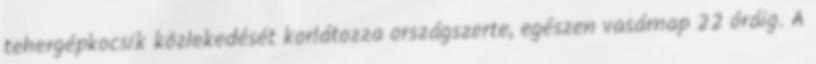
tehergépkocsik közlekedését korlátozza országszerte, egészen vasárnap 22 óráig. A